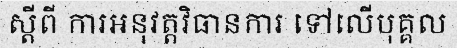
ស្តីពី ការអនុវត្តវិធានការ ទៅលើបុគ្គល